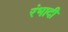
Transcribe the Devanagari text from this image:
रंभादी